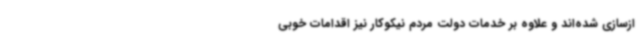
ازسازی شده‌اند و علاوه بر خدمات دولت مردم نیکوکار نیز اقدامات خوبی